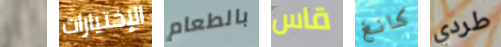
إنه الإختيارات بالطعام قاس كانغ طردي